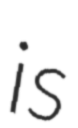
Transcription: is